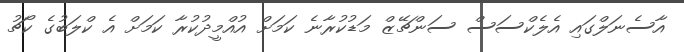
އާސެނަލްގައި އެލެކްސަސް ސަންޗޭޒް މަޑުކުރާނެ ކަމަށް އުއްމީދުކުރާ ކަމަށް އެ ކްލަބުގެ ކޯޗު